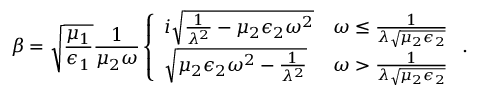
\beta = \sqrt { \frac { \mu _ { 1 } } { \epsilon _ { 1 } } } \frac { 1 } { \mu _ { 2 } \omega } \left\{ \begin{array} { l l } { i \sqrt { \frac { 1 } { \lambda ^ { 2 } } - \mu _ { 2 } \epsilon _ { 2 } \omega ^ { 2 } } } & { \omega \leq \frac { 1 } { \lambda \sqrt { \mu _ { 2 } \epsilon _ { 2 } } } } \\ { \sqrt { \mu _ { 2 } \epsilon _ { 2 } \omega ^ { 2 } - \frac { 1 } { \lambda ^ { 2 } } } } & { \omega > \frac { 1 } { \lambda \sqrt { \mu _ { 2 } \epsilon _ { 2 } } } } \end{array} \right. .